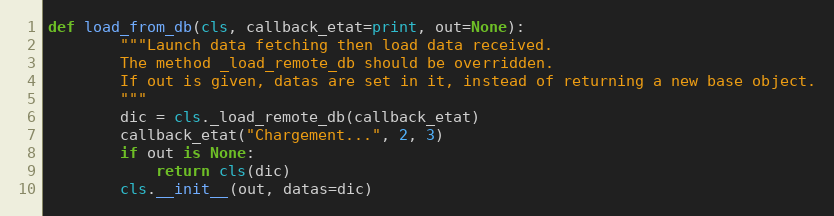
Language: Python
def load_from_db(cls, callback_etat=print, out=None):
        """Launch data fetching then load data received.
        The method _load_remote_db should be overridden.
        If out is given, datas are set in it, instead of returning a new base object.
        """
        dic = cls._load_remote_db(callback_etat)
        callback_etat("Chargement...", 2, 3)
        if out is None:
            return cls(dic)
        cls.__init__(out, datas=dic)